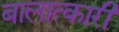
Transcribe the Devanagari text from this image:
बालात्कारी